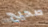
صحيح